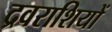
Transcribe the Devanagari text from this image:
द्रवराशियों